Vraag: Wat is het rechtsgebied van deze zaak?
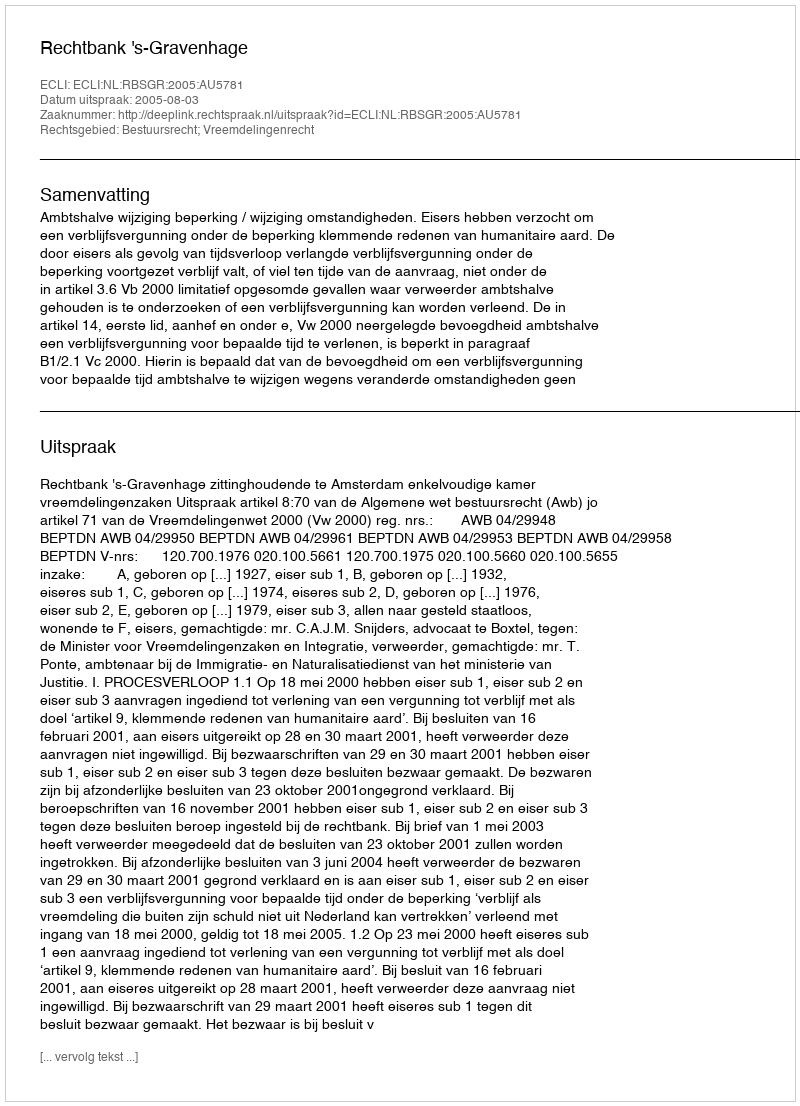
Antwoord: Bestuursrecht; Vreemdelingenrecht